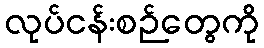
လုပ်ငန်းစဉ်တွေကို